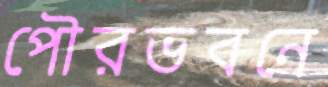
পৌরভবনে